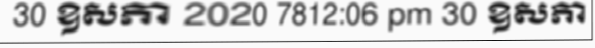
30 ឧសភា 2020 7812:06 pm 30 ឧសភា